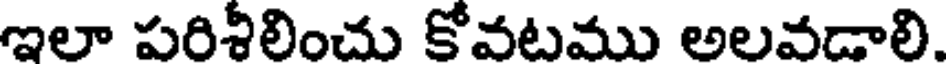
ఇలా పరిశీలించు కోవటము అలవడాలి.